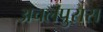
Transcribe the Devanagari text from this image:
अचलपुरास